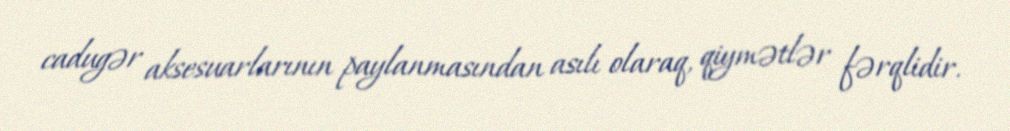
cadugər aksesuarlarının paylanmasından asılı olaraq, qiymətlər fərqlidir.